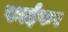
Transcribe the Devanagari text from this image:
फाईफर